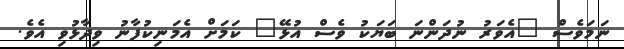
ނަމަވެސް "އެވަރު ނުދަންނަ ބަޔަކު ވެސް އުޅޭ" ކަމަށް އެމަނިކުފާނު ވިދާޅުވި އެވެ.